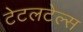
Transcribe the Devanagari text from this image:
टेटलटेल्स